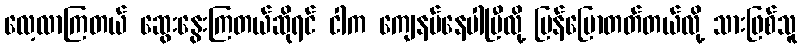
လေ့လာကြတယ် ဆွေးနွေးကြတယ်ဆိုရင် ငါက ကျေနပ်နေပါပြီလို့ ပြန်ပြောတတ်တယ်လို့ သားဖြစ်သူ